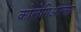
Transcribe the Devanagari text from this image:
कोलेगिओलेस